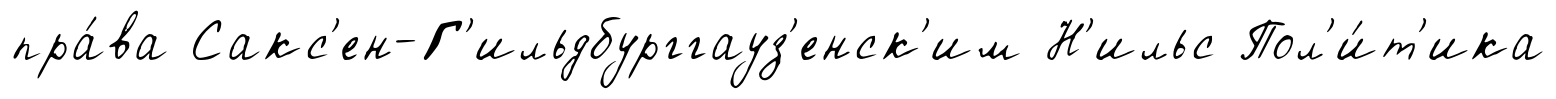
пра́ва Сакс'ен-Г'ильдбурггауз'енск'им Н'ильс Пол'и́т'ика